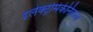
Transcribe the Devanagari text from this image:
इलेक्ट्रोमेकेनिकल